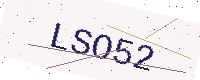
Text: LSO52